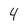
Character: 4